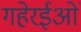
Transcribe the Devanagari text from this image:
गहेरईओं